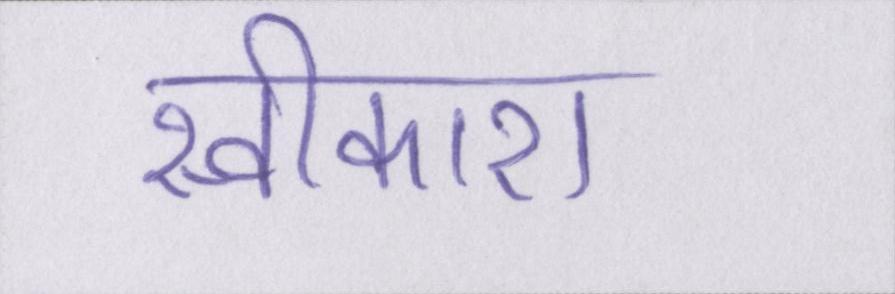
स्वीकारा